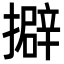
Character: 擗